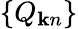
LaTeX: \{ Q_{{\mathbf k}n}\}